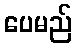
ပေမည်